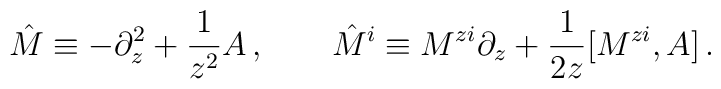
\hat{M}\equiv -\partial_z^2+\frac{1}{z^2}A\,,\qquad\hat{M}^i\equiv M^{zi}\partial_z+\frac{1}{2z}[M^{zi},A]\,.